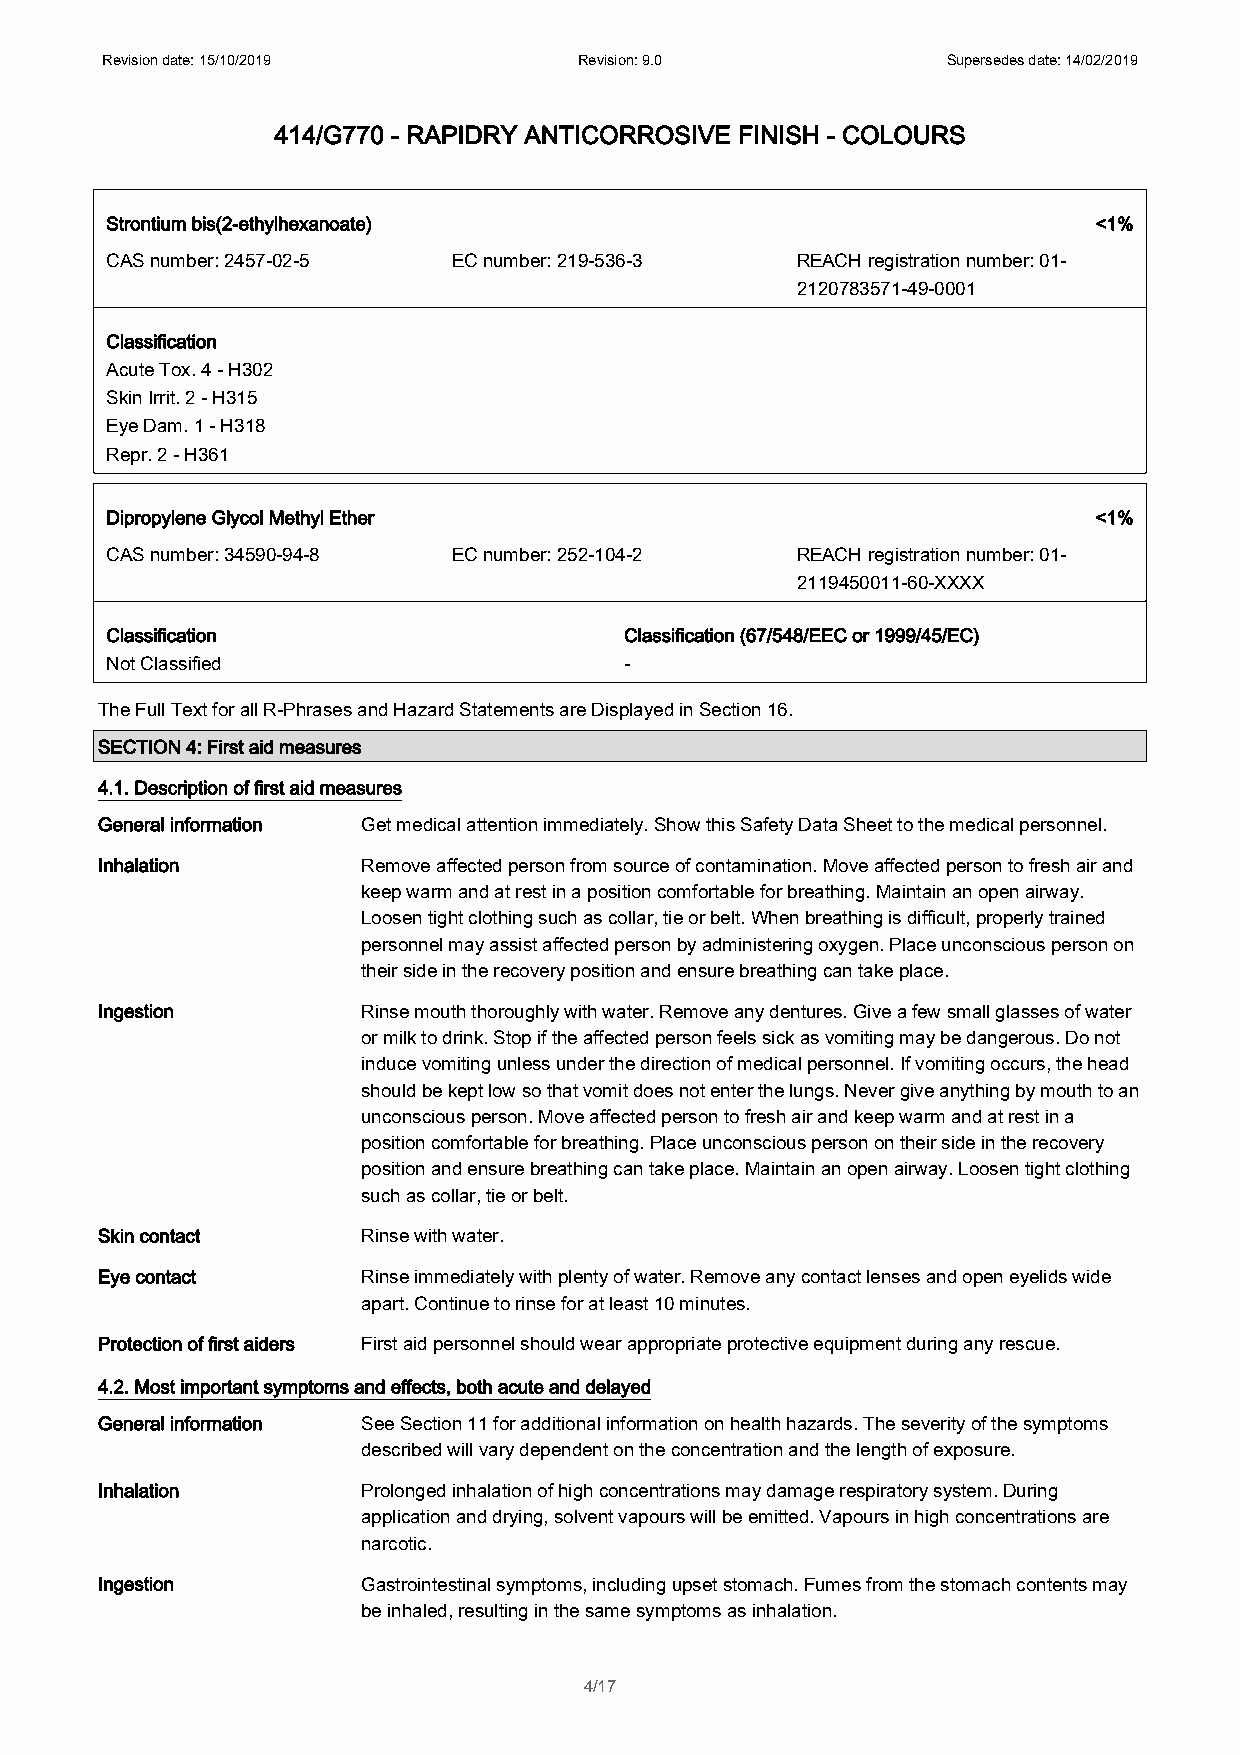
Revision date: 15/10/2019      Revision: 9.0            Supersedes date: 14/02/2019
 414/G770 - RAPIDRY ANTICORROSIVE FINISH - COLOURS
 Strontium bis(2-ethylhexanoate)                                   <1%
 CAS number: 2457-02-5  EC number: 219-536-3   REACH registration number: 01-
 2120783571-49-0001
 Classification
 Acute Tox. 4 - H302
 Skin Irrit. 2 - H315
 Eye Dam. 1 - H318
 Repr. 2 - H361
 Dipropylene Glycol Methyl Ether                                   <1%
 CAS number: 34590-94-8 EC number: 252-104-2   REACH registration number: 01-
 2119450011-60-XXXX
 Classification                    Classification (67/548/EEC or 1999/45/EC)
 Not Classified                    -
 The Full Text for all R-Phrases and Hazard Statements are Displayed in Section 16.
 SECTION 4: First aid measures
 4.1. Description of first aid measures
 General information Get medical attention immediately. Show this Safety Data Sheet to the medical personnel.
 Inhalation        Remove affected person from source of contamination. Move affected person to fresh air and
 keep warm and at rest in a position comfortable for breathing. Maintain an open airway.
 Loosen tight clothing such as collar, tie or belt. When breathing is difficult, properly trained
 personnel may assist affected person by administering oxygen. Place unconscious person on
 their side in the recovery position and ensure breathing can take place.
 Ingestion         Rinse mouth thoroughly with water. Remove any dentures. Give a few small glasses of water
 or milk to drink. Stop if the affected person feels sick as vomiting may be dangerous. Do not
 induce vomiting unless under the direction of medical personnel. If vomiting occurs, the head
 should be kept low so that vomit does not enter the lungs. Never give anything by mouth to an
 unconscious person. Move affected person to fresh air and keep warm and at rest in a
 position comfortable for breathing. Place unconscious person on their side in the recovery
 position and ensure breathing can take place. Maintain an open airway. Loosen tight clothing
 such as collar, tie or belt.
 Skin contact      Rinse with water.
 Eye contact       Rinse immediately with plenty of water. Remove any contact lenses and open eyelids wide
 apart. Continue to rinse for at least 10 minutes.
 Protection of first aiders First aid personnel should wear appropriate protective equipment during any rescue.
 4.2. Most important symptoms and effects, both acute and delayed
 General information See Section 11 for additional information on health hazards. The severity of the symptoms
 described will vary dependent on the concentration and the length of exposure.
 Inhalation        Prolonged inhalation of high concentrations may damage respiratory system. During
 application and drying, solvent vapours will be emitted. Vapours in high concentrations are
 narcotic.
 Ingestion         Gastrointestinal symptoms, including upset stomach. Fumes from the stomach contents may
 be inhaled, resulting in the same symptoms as inhalation.
 4/17